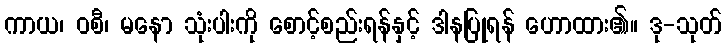
ကာယ၊ ဝစီ၊ မနော သုံးပါးကို စောင့်စည်းရန်နှင့် ဒါနပြုရန် ဟောထား၏။ ဒု-သုတ်